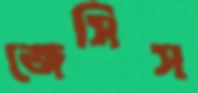
জেসিস